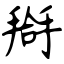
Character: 搿